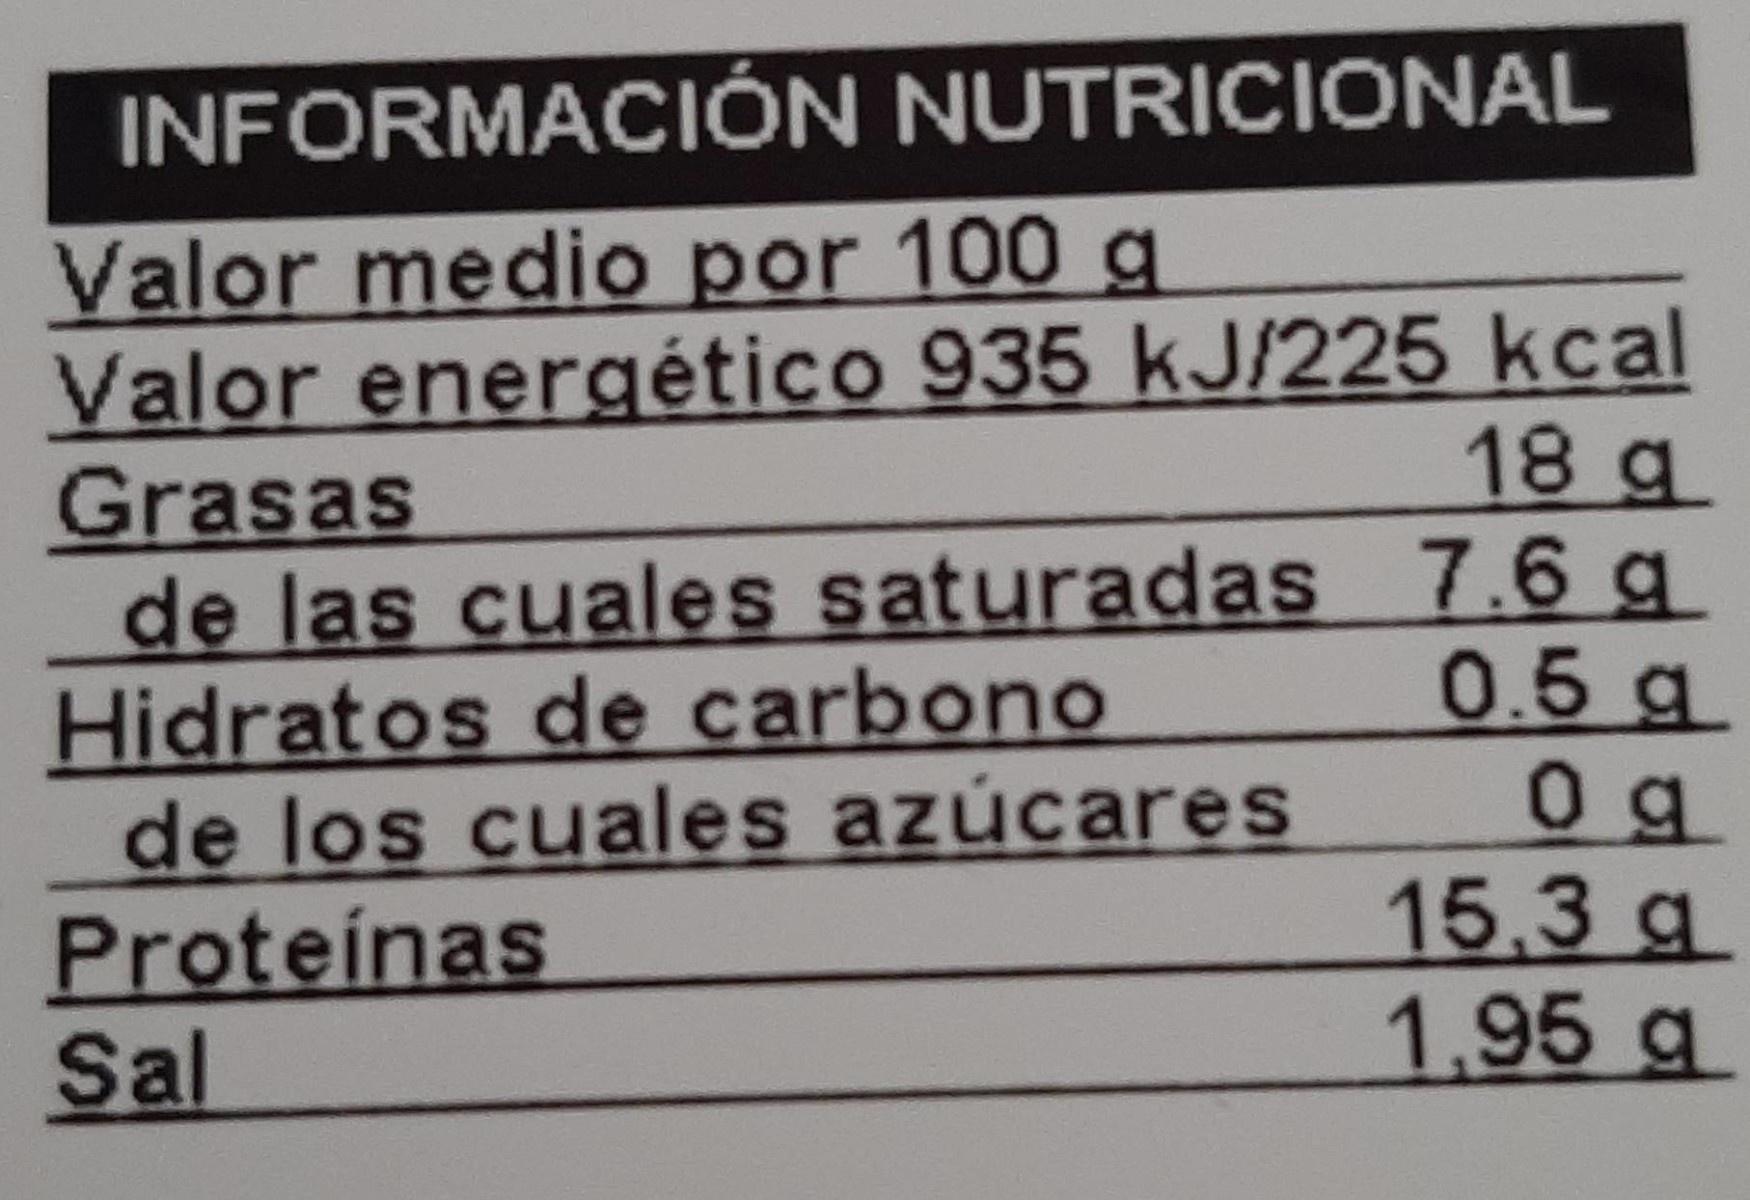
INFORMACIÓN NUTRICIONAL
Valor medio por 100 g Valor energético 935 kJ/225 kcal Grasas de las cuales saturadas 7.6 g Hidratos de carbono de los cuales azúcares
18 я
0.5g
Proteínas Sal
15.3g 1,95g